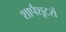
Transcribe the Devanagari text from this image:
शार्पशूटरों